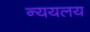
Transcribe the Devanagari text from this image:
न्ययलय